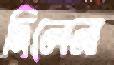
দিলেনা